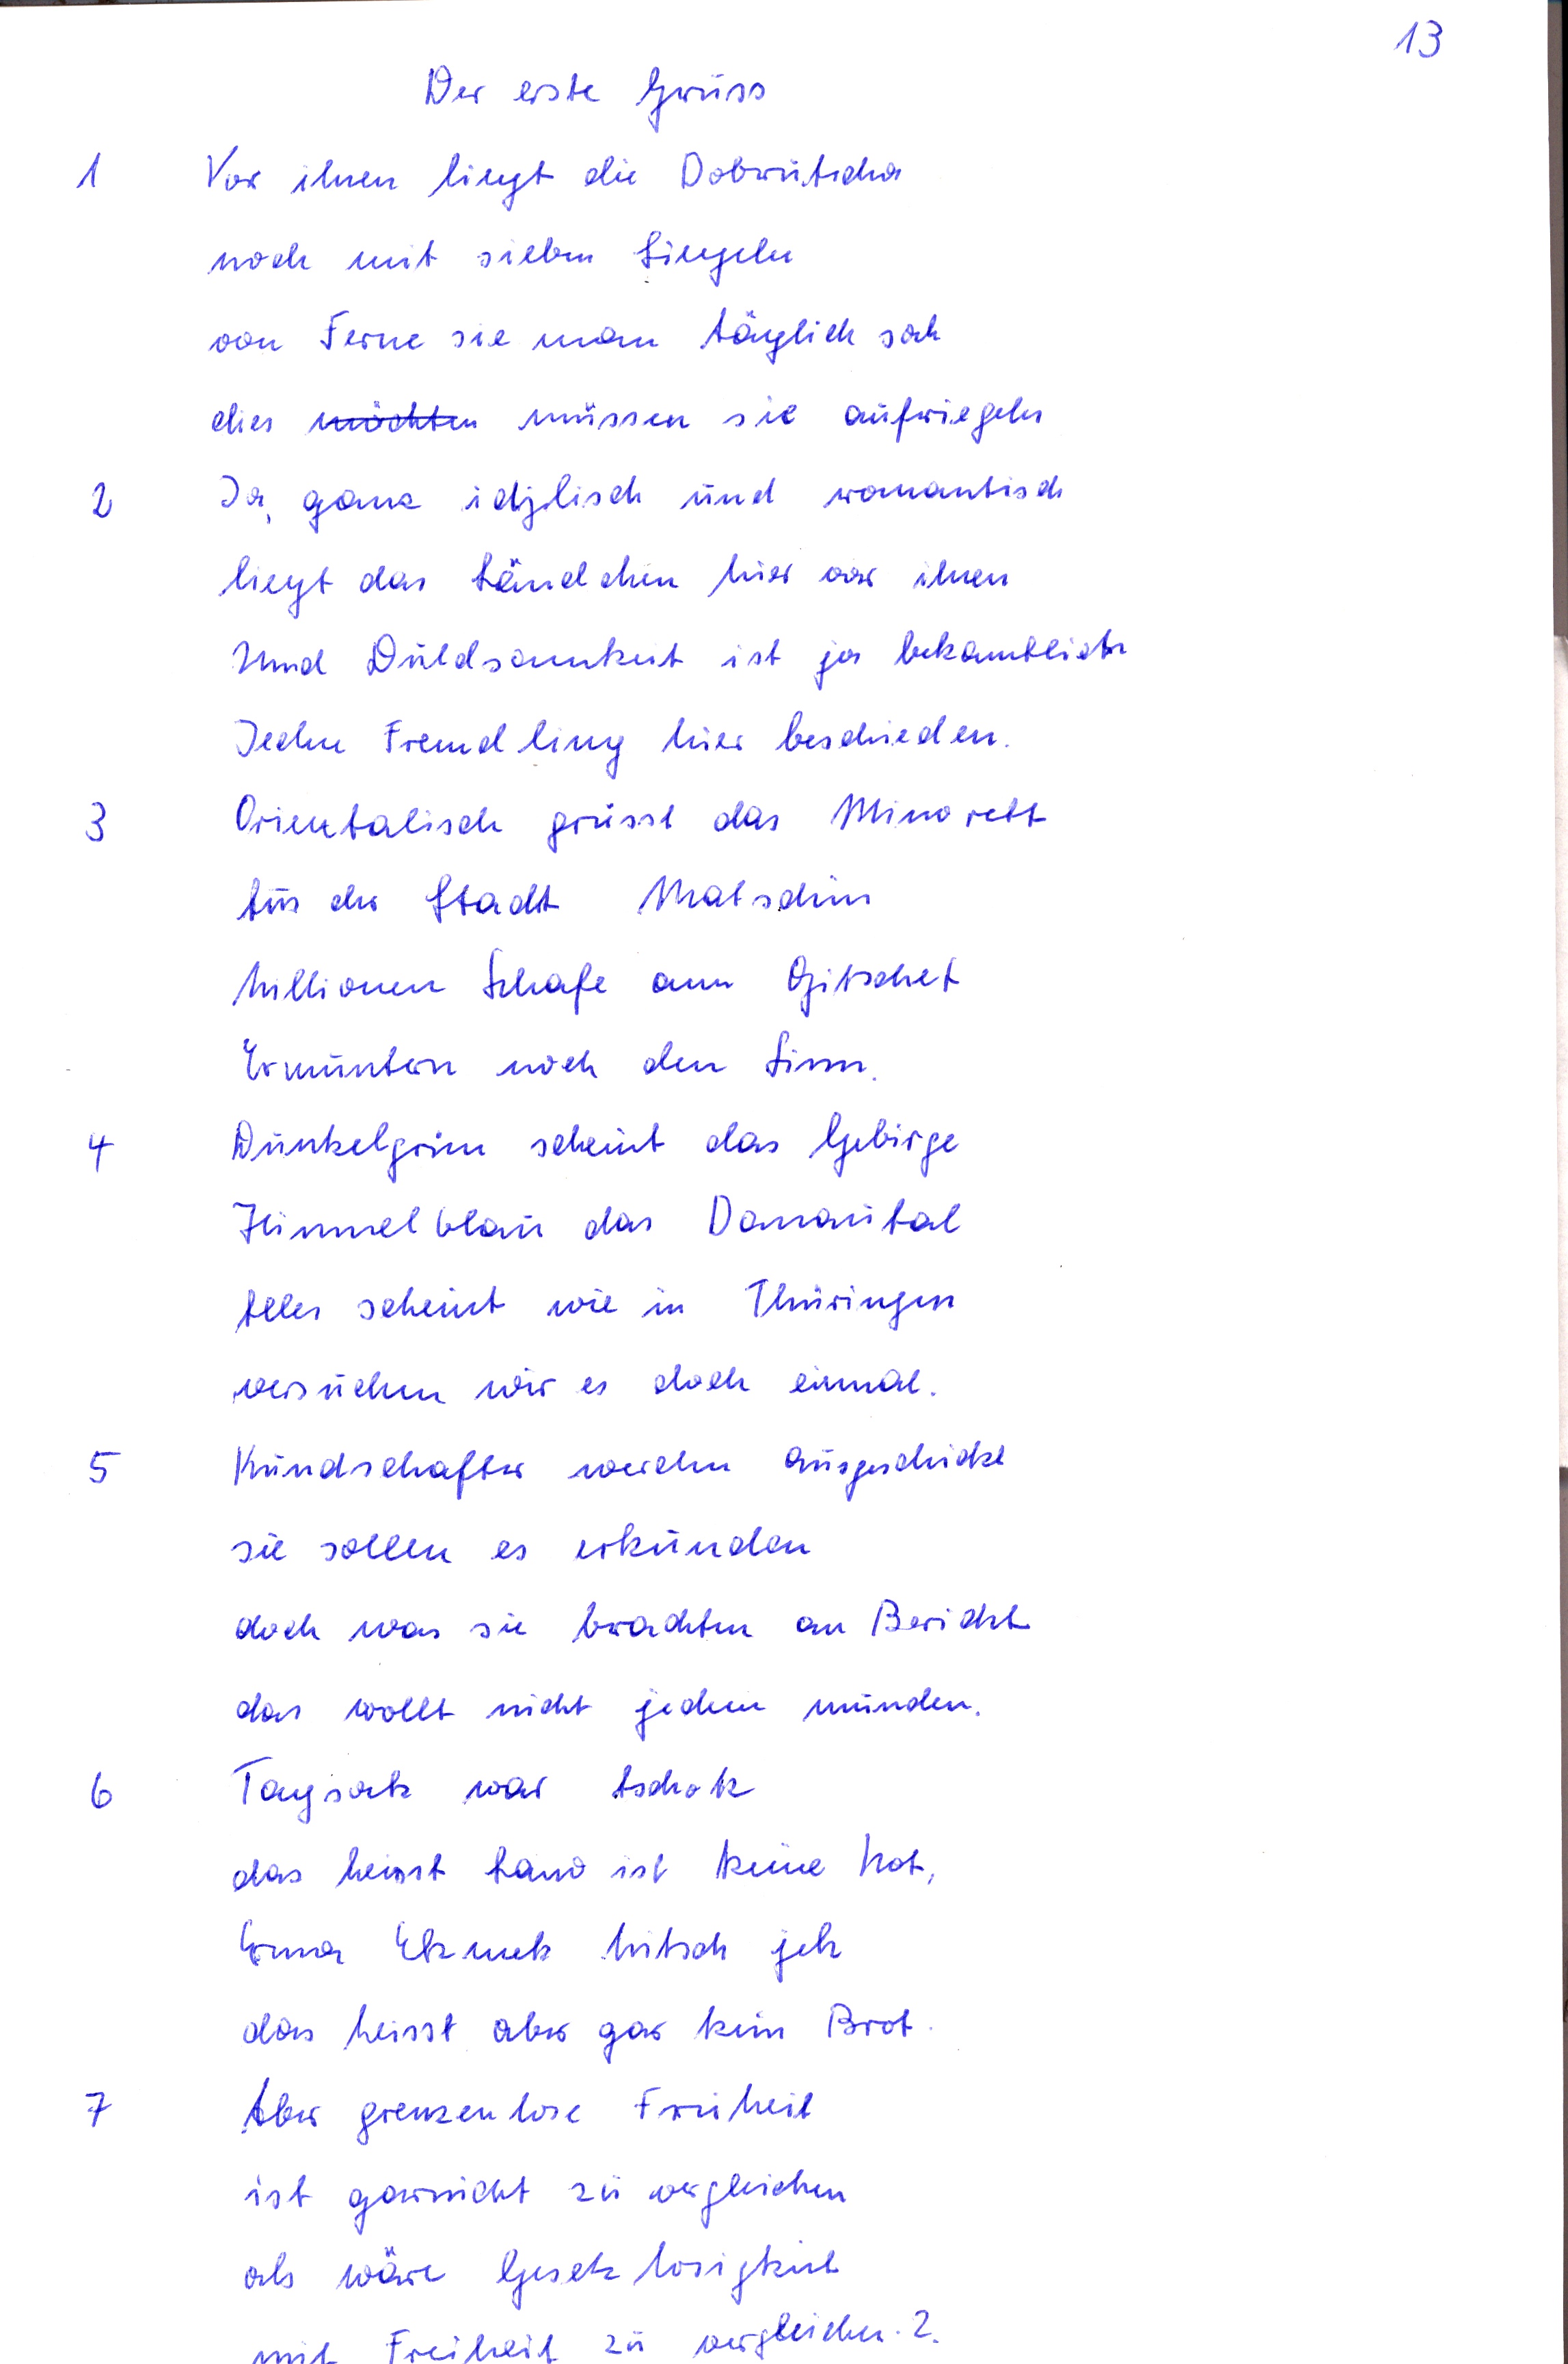
13
Der erste Gruss
1 Vor ihnen liegt die Dobrutscha
noch mit sieben Siegeln
von Ferne sie man täglich sah
dies möchten müssen sie aufriegeln
2 Ja, ganz idylisch und romantisch
liegt das Ländchen hier vor ihnen
Und Duldsamkeit ist ja bekanntlich
Jeden Fremdling hier beschieden.
3 Orientalisch grüsst das Minorett
aus der Stadt Matschin
Millionen Schafe am Gitschet
Ermuntern noch den Sinn
4 Dunkelgrün scheint das Gebirge
Himmelblau das Donautal
alles scheint wie in Thüringen
versuchen wir es doch einmal.
5 Kundschafter werden ausgeschickt
sie sollen es erkunden
doch was sie brachten an Bericht
das wollt nicht jedem munden.
6 Taysok war tschok
das heisst Land ist keine Not
Enna Ekmetz hitsch jek
das heisst aber gar kein Brot.
7 Aber grenzenlose Freiheit
ist garnicht zu vergleichen
als wäre Gesetz losigkeit
mit Freiheit zu vergleichen ?